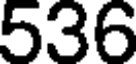
536